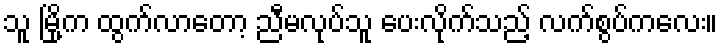
သူ မြို့က ထွက်လာတော့ ညီမလုပ်သူ ပေးလိုက်သည့် လက်စွပ်ကလေး။